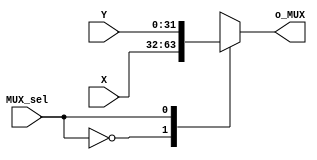
`timescale 1ns/1ps

module MUX2to1 (
	input MUX_sel,
	input [31:0] X,
	input [31:0] Y,
	output reg [31:0] o_MUX
);

always @(*)
	begin
		case(MUX_sel)
			1'b0:
				begin
					o_MUX <= X;
				end
			1'b1:
				begin
					o_MUX <= Y;
				end
		endcase
	end
	
endmodule